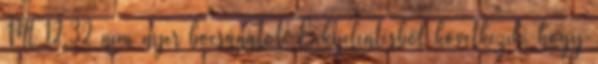
Mt 12,32 nem nyer bocsánatot. E kijelentésből következik, hogy